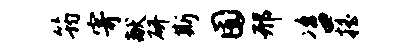
筠寄献研斯囿邢咨摇